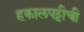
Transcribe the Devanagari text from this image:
हकालपट्टीची